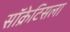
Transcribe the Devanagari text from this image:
सॉक्रेटिसला